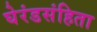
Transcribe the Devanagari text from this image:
घेरंडसंहिता